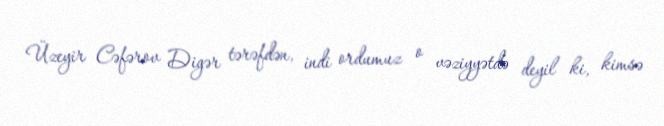
Üzeyir Cəfərov Digər tərəfdən, indi ordumuz o vəziyyətdə deyil ki, kimsə